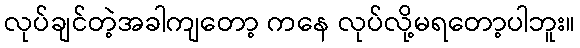
လုပ်ချင်တဲ့အခါကျတော့ ကနေ လုပ်လို့မရတော့ပါဘူး။